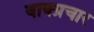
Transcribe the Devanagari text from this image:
वाक्‍प्रचार